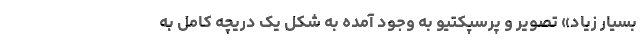
بسیار زیاد» تصویر و پرسپکتیو به وجود آمده به شکل یک دریچه کامل به